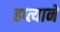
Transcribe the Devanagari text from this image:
हप्त्याने